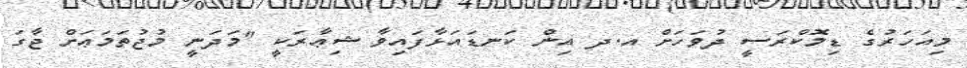
މިއަހަރުގެ ޑިމޮކްރަސީ ދުވަހަށް އ.ދ އިން ކަނޑައަޅާފައިވާ ޝިޢާރަކީ "މަދަނީ މުޖުތަމަޢަށް ޖާގަ